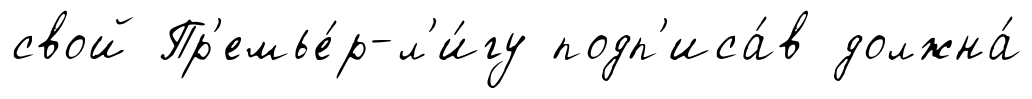
свой Пр'емье́р-л'и́гу подп'иса́в должна́